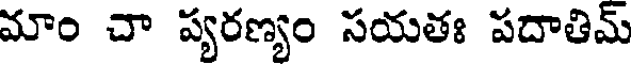
మాం చా ప్యరణ్యం సయతః పదాతిమ్